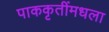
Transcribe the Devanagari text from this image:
पाककृतींमधला